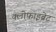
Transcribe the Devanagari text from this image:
क्लोफाइब्रेट